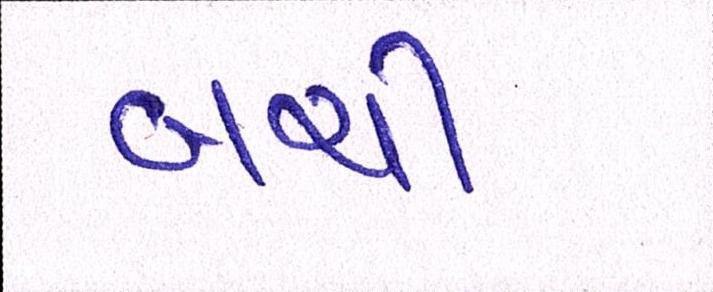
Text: બચી